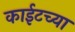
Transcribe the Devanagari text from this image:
काईटच्या